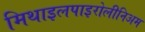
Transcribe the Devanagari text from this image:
मिथाइलपाइरोलीनिअम